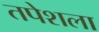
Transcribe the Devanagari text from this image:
तपेशला